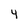
Character: 4